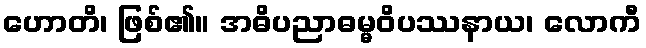
ဟောတိ၊ ဖြစ်၏။ အဓိပညာဓမ္မဝိပဿနာယ၊ လောကီ